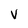
Character: v